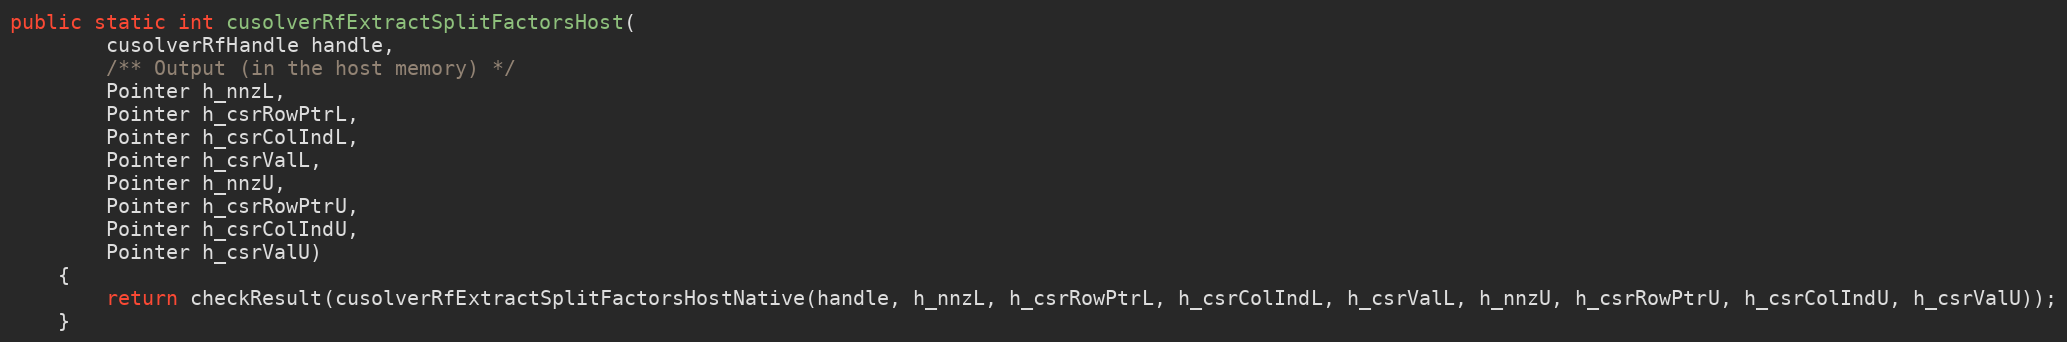
Language: Java
public static int cusolverRfExtractSplitFactorsHost(
        cusolverRfHandle handle,
        /** Output (in the host memory) */
        Pointer h_nnzL,
        Pointer h_csrRowPtrL,
        Pointer h_csrColIndL,
        Pointer h_csrValL,
        Pointer h_nnzU,
        Pointer h_csrRowPtrU,
        Pointer h_csrColIndU,
        Pointer h_csrValU)
    {
        return checkResult(cusolverRfExtractSplitFactorsHostNative(handle, h_nnzL, h_csrRowPtrL, h_csrColIndL, h_csrValL, h_nnzU, h_csrRowPtrU, h_csrColIndU, h_csrValU));
    }